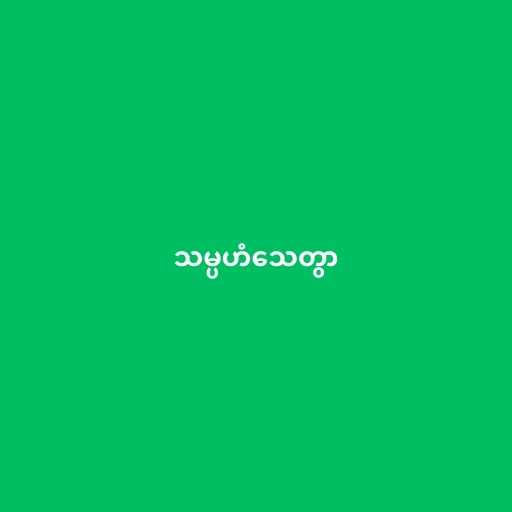
သမ္ပဟံသေတွာ